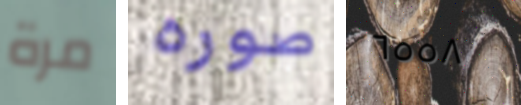
مرة صوره ٦٥٥٨